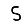
Digit: 5